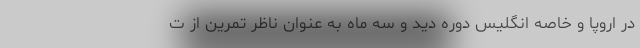
در اروپا و خاصه انگلیس دوره دید و سه ماه به عنوان ناظر تمرین از ت